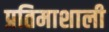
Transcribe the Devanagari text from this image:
प्रतिमाशाली